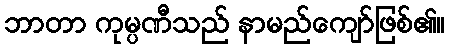
ဘာတာ ကုမ္ပဏီသည် နာမည်ကျော်ဖြစ်၏။